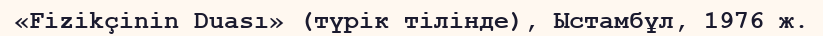
«Fizikçinin Duası» (түрік тілінде), Ыстамбұл, 1976 ж.